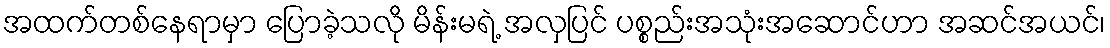
အထက်တစ်နေရာမှာ ပြောခဲ့သလို မိန်းမရဲ့ အလှပြင် ပစ္စည်းအသုံးအဆောင်ဟာ အဆင်အယင်၊